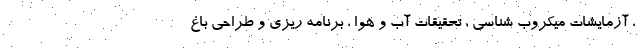
، آزمایشات میکروب شناسی ، تحقیقات آب و هوا ، برنامه ریزی و طراحی باغ